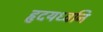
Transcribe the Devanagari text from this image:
हृदयध्वनि